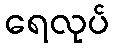
ရေလုပ်